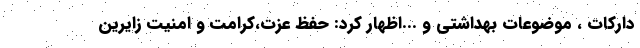
دارکات ، موضوعات بهداشتی و ...اظهار کرد: حفظ عزت،کرامت و امنیت زایرین